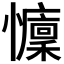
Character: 𢤭